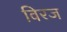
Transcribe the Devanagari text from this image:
विरज